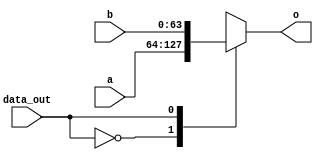
`timescale 1ns / 1ps

module mux2to1(input [63:0] a, input [63:0] b, input data_out, output reg [63:0] o);
always @(*)
    case (data_out)
        0: o = a;
        1: o = b;
    endcase
endmodule